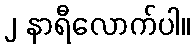
၂ နာရီလောက်ပါ။